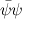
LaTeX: { \bar { \psi } } \psi